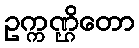
ဥက္ကဏ္ဌိတော